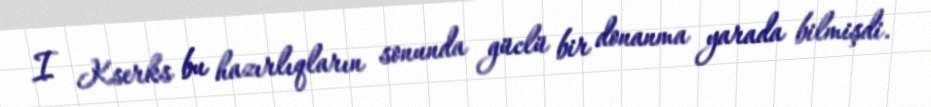
I Kserks bu hazırlıqların sonunda güclü bir donanma yarada bilmişdi.